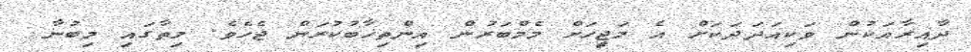
ދާއިރާއަކުން ވަކިއަދަދަކަށް އެ މަޖިީހަށް މެމްބަރުން އިންތިޚާބުކުރަން ޖެހެެވެ. މިތާގައި މިބުނާ